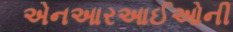
એનઆરઆઈઓની